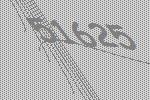
51625